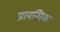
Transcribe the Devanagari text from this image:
प्राबन्धिक